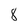
Character: 8